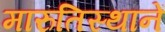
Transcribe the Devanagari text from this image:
मारुतिस्थानें